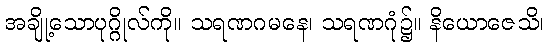
အချို့သောပုဂ္ဂိုလ်ကို။ သရဏဂမနေ၊ သရဏဂုံ၌။ နိယောဇေသိ၊